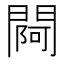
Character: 𨵌